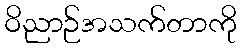
ဝိညာဉ်အသက်တာကို